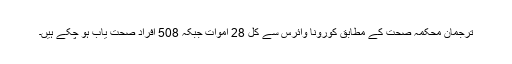
ترجمان محکمہ صحت کے مطابق کورونا وائرس سے کل 28 اموات جبکہ 508 افراد صحت یاب ہو چکے ہیں۔